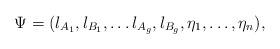
LaTeX: \begin{align*}\Psi = (l_{A_1},l_{B_1},\ldots l_{A_g},l_{B_g},\eta_1,\ldots ,\eta_n), \end{align*}